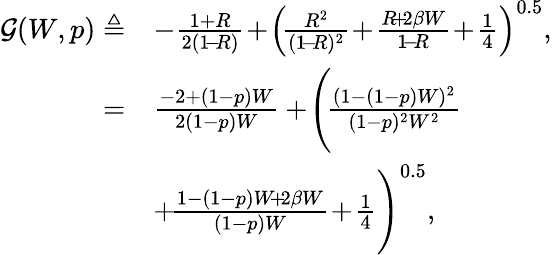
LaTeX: \begin{array}{rl}{\mathcal{G}(W,p)\triangleq}&{-\frac{1+R}{2(1\! -\! R)}\! +\! \left(\! \frac{R^{2}}{(1\! -\! R)^{2}}\! +\! \frac{R\! +\! 2\beta W}{1\! -\! R}\! +\! \frac{1}{4}\right)^{0.5},}\\ {=}&{\frac{-2+(1-p)W}{2(1-p)W}+\! \Bigg(\! \frac{(1-(1-p)W)^{2}}{(1-p)^{2}W^{2}}\! }\\ &{+\! \frac{1-(1-p)W\! +\! 2\beta W}{(1-p)W}\! +\! \frac{1}{4}\Bigg)^{0.5},}\end{array}